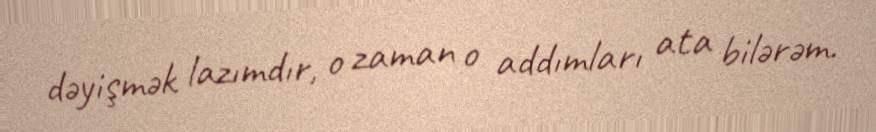
dəyişmək lazımdır, o zaman o addımları ata bilərəm.